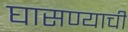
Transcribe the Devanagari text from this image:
घासण्याची